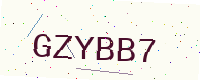
Text: GZYBB7